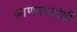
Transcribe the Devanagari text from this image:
जाणकारांची